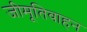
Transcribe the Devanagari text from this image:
जीमूतिवाहन